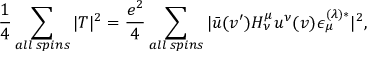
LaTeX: { \frac { 1 } { 4 } } \sum _ { a l l \; s p i n s } | T | ^ { 2 } = { \frac { e ^ { 2 } } { 4 } } \sum _ { a l l \; s p i n s } | \bar { u } ( v ^ { \prime } ) H _ { \nu } ^ { \mu } u ^ { \nu } ( v ) \epsilon _ { \mu } ^ { ( \lambda ) * } | ^ { 2 } ,